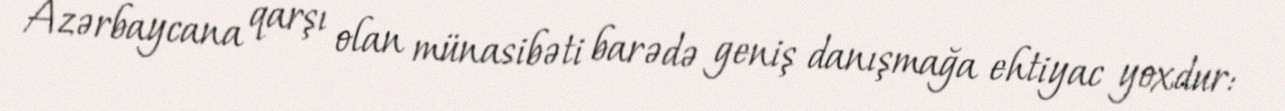
Azərbaycana qarşı olan münasibəti barədə geniş danışmağa ehtiyac yoxdur: